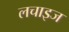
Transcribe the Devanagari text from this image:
लचाइज